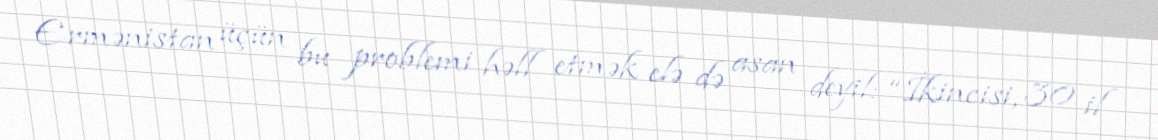
Ermənistan üçün bu problemi həll etmək elə də asan deyil: “İkincisi, 30 il